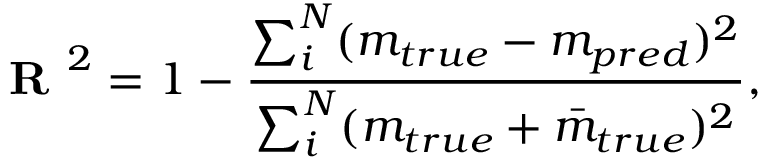
\textbf { R } ^ { 2 } = 1 - \frac { \sum _ { i } ^ { N } ( m _ { t r u e } - m _ { p r e d } ) ^ { 2 } } { \sum _ { i } ^ { N } ( m _ { t r u e } + \bar { m } _ { t r u e } ) ^ { 2 } } ,